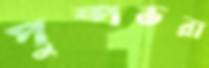
পুষ্পভরা